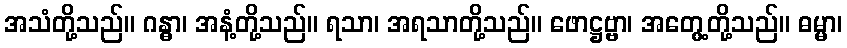
အသံတို့သည်။ ဂန္ဓာ၊ အနံ့တို့သည်။ ရသာ၊ အရသာတို့သည်။ ဖောဋ္ဌဗ္ဗာ၊ အတွေ့တို့သည်။ ဓမ္မာ၊